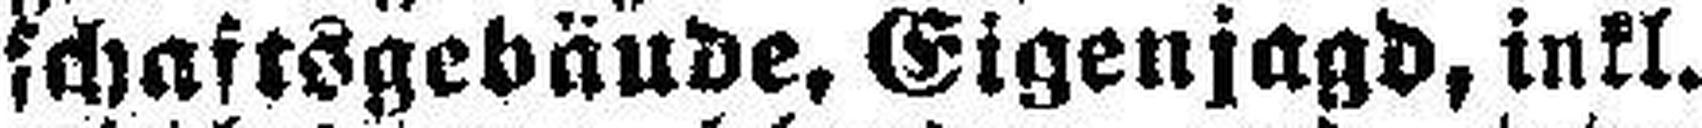
schaftsgebäude, Eigenjagd, inkl.